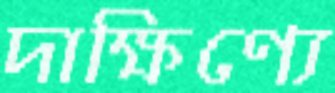
দাক্ষিণ্যে